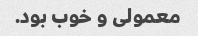
معمولی و خوب بود.